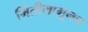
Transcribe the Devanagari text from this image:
भिंतीमागूनच